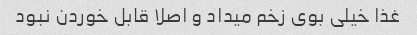
غذا خیلى بوى زخم میداد و اصلا قابل خوردن نبود